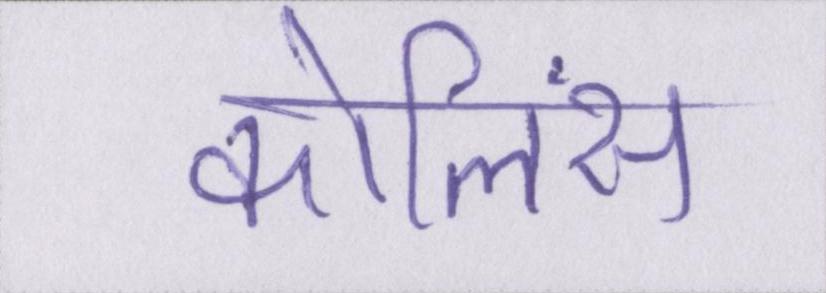
कोलिंस